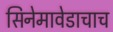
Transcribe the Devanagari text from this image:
सिनेमावेडाचाच